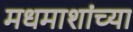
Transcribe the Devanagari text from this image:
मधमाशांच्या